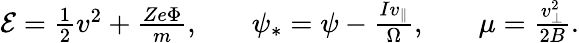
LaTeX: \begin{array}{rlrlr}{\mathcal{E}=\frac{1}{2}v^{2}+\frac{Ze\Phi}{m},}&{{}}&{\psi_{\ast}=\psi-\frac{Iv_{\parallel}}{\Omega},}&{{}}&{\mu=\frac{v_{\perp}^{2}}{2B}.}\end{array}